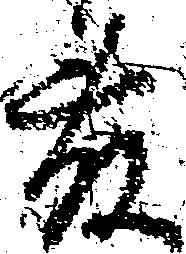
藤